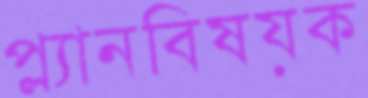
প্ল্যানবিষয়ক